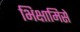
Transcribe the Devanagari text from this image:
भिक्षामिसे